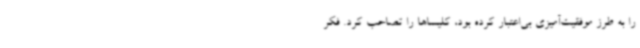
را به طرز موفقیت‌آمیزی بی‌اعتبار کرده بود، کلیساها را تصاحب کرد. فکر